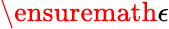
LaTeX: \ensuremath{\epsilon}